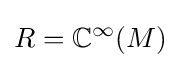
R=\mathbb {C} ^{\infty }(M)